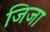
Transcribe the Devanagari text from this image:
जिजा